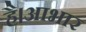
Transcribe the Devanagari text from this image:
है।आभार